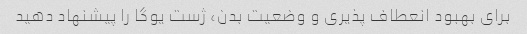
برای بهبود انعطاف پذیری و وضعیت بدن، ژست یوگا را پیشنهاد دهید